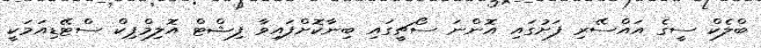
ބްލެކް ސީގެ އައްސޭރި ފަށުގައި އޮންނަ ސޯޗީގައި ބިނާކޮށްފައިވާ ފިޝްޓް އޮލިމްޕިކް ސްޓޭޑިއަމަކީ